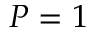
P = 1